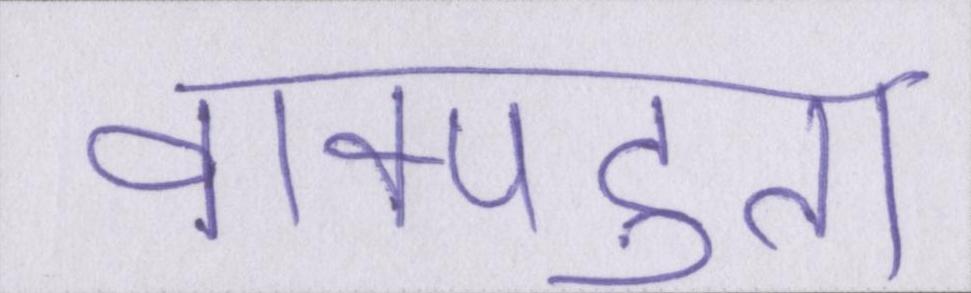
वाक्पटुता